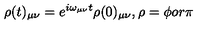
\rho ( t ) _ { \mu \nu } = e ^ { i \omega _ { \mu \nu } t } \rho ( 0 ) _ { \mu \nu } , \rho = \phi o r \pi